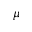
\mu